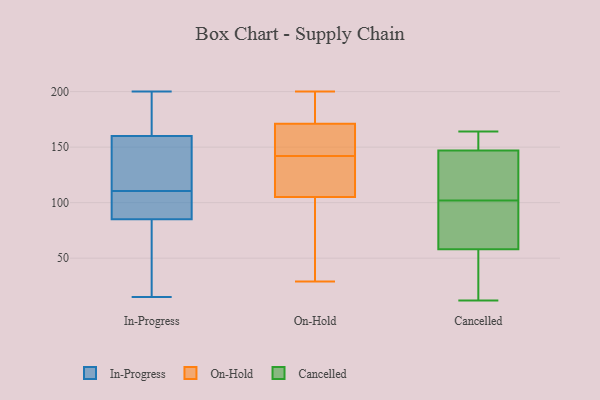
{"axis": {"x": "Revenue (USD Million)", "y": "Value"}, "legend": ["Cancelled", "In-Progress", "On-Hold"], "data": [{"x": "", "y": 107, "type": "In-Progress"}, {"x": "", "y": 89, "type": "In-Progress"}, {"x": "", "y": 114, "type": "In-Progress"}, {"x": "", "y": 94, "type": "In-Progress"}, {"x": "", "y": 188, "type": "In-Progress"}, {"x": "", "y": 146, "type": "In-Progress"}, {"x": "", "y": 134, "type": "In-Progress"}, {"x": "", "y": 36, "type": "In-Progress"}, {"x": "", "y": 157, "type": "In-Progress"}, {"x": "", "y": 99, "type": "In-Progress"}, {"x": "", "y": 174, "type": "In-Progress"}, {"x": "", "y": 163, "type": "In-Progress"}, {"x": "", "y": 81, "type": "In-Progress"}, {"x": "", "y": 15, "type": "In-Progress"}, {"x": "", "y": 65, "type": "In-Progress"}, {"x": "", "y": 200, "type": "In-Progress"}, {"x": "", "y": 178, "type": "On-Hold"}, {"x": "", "y": 173, "type": "On-Hold"}, {"x": "", "y": 153, "type": "On-Hold"}, {"x": "", "y": 32, "type": "On-Hold"}, {"x": "", "y": 171, "type": "On-Hold"}, {"x": "", "y": 152, "type": "On-Hold"}, {"x": "", "y": 147, "type": "On-Hold"}, {"x": "", "y": 123, "type": "On-Hold"}, {"x": "", "y": 105, "type": "On-Hold"}, {"x": "", "y": 29, "type": "On-Hold"}, {"x": "", "y": 161, "type": "On-Hold"}, {"x": "", "y": 200, "type": "On-Hold"}, {"x": "", "y": 192, "type": "On-Hold"}, {"x": "", "y": 112, "type": "On-Hold"}, {"x": "", "y": 137, "type": "On-Hold"}, {"x": "", "y": 73, "type": "On-Hold"}, {"x": "", "y": 93, "type": "On-Hold"}, {"x": "", "y": 120, "type": "On-Hold"}, {"x": "", "y": 148, "type": "Cancelled"}, {"x": "", "y": 142, "type": "Cancelled"}, {"x": "", "y": 164, "type": "Cancelled"}, {"x": "", "y": 61, "type": "Cancelled"}, {"x": "", "y": 12, "type": "Cancelled"}, {"x": "", "y": 102, "type": "Cancelled"}, {"x": "", "y": 102, "type": "Cancelled"}, {"x": "", "y": 58, "type": "Cancelled"}, {"x": "", "y": 146, "type": "Cancelled"}, {"x": "", "y": 71, "type": "Cancelled"}, {"x": "", "y": 20, "type": "Cancelled"}, {"x": "", "y": 162, "type": "Cancelled"}, {"x": "", "y": 58, "type": "Cancelled"}, {"x": "", "y": 46, "type": "Cancelled"}, {"x": "", "y": 164, "type": "Cancelled"}, {"x": "", "y": 144, "type": "Cancelled"}]}